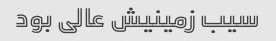
سیب زمینیش عالی بود